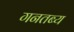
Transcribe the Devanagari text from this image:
गनतब्य